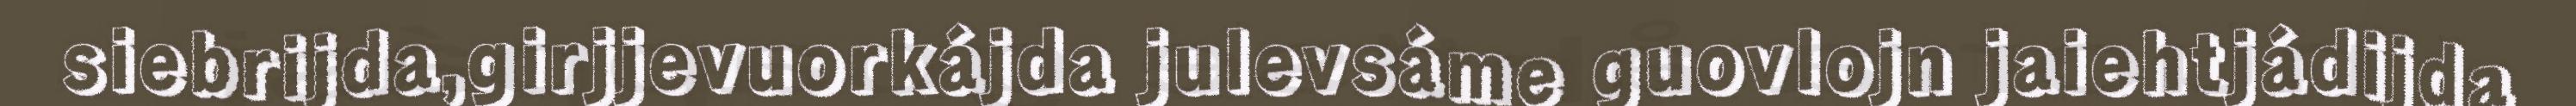
siebrijda,girjjevuorkájda julevsáme guovlojn jaiehtjádijda